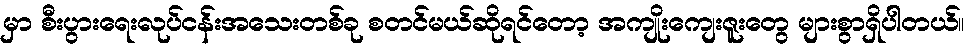
မှာ စီးပွားရေးလုပ်ငန်းအသေးတစ်ခု စတင်မယ်ဆိုရင်တော့ အကျိုးကျေးဇူးတွေ များစွာရှိပါတယ်။